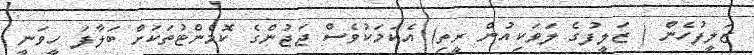
ޒަލީފުހެން ( ޒަލީފުގެ ލަވަކިއުން ރީތި) އެކަމަކުވެސް ޖަޖުންގެ ކޮމެންޓުތަކަށް ބަލާފަ ހީވަނީ